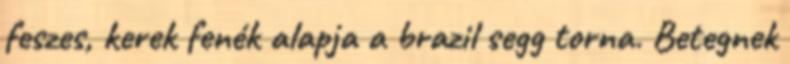
feszes, kerek fenék alapja a brazil segg torna. Betegnek